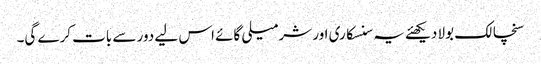
سنچالک بولا دیکھئے یہ سنسکاری اور شرمیلی گائے اس لیے دور سے بات کرے گی۔